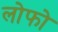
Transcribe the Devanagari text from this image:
लोफो